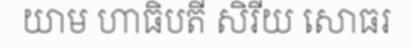
យាម ហាធិបតី សិរីយ សោធរ